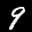
Label: 9